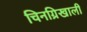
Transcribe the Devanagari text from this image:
चिनग्रिखाली